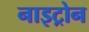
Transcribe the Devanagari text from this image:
नाइट्रोन